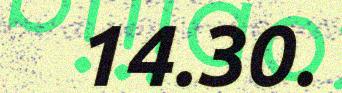
14.30.